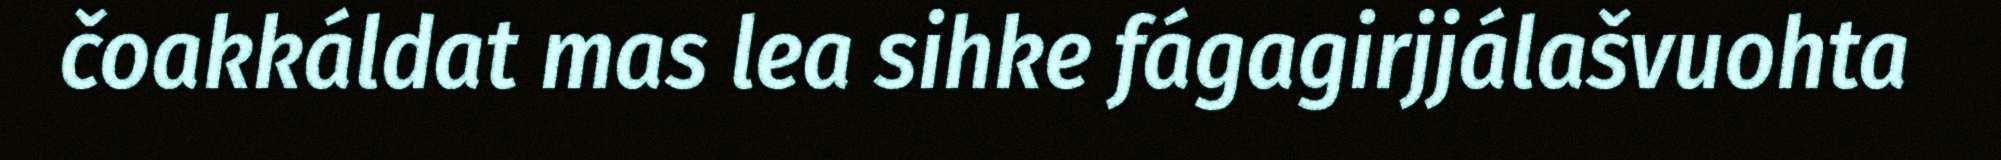
čoakkáldat mas lea sihke fágagirjjálašvuohta